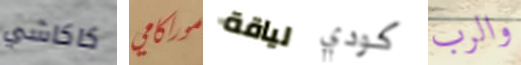
كاكاشي موراكامي لياقة كودي والرب